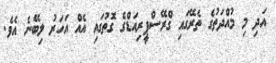
އަދި މި މުއްދަތުގެ ތެރޭގައި ގްރޭސްޕީރިއަޑްގެ ގޮތުގައި އެއް އަހަރު ލިބޭނެ އެވެ.